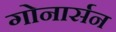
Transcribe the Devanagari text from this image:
गोनार्सन